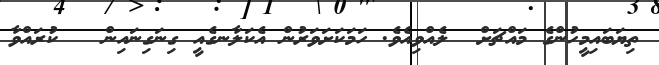
ތިޔަބައިމީހުންގެ މައްޗަށް  ލެއްވިއެވެ. ހަމަކަށަވަރުން އެކަލާނގެއީ ގިނަގިނައިން   ކުރައްވާ